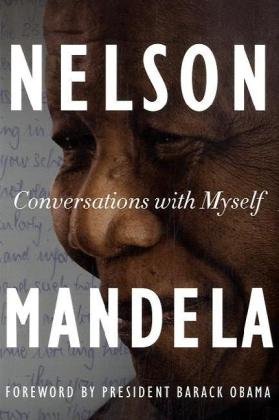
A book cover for Conversations with Myself; Nelson Mandela; History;